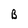
Character: B